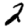
Digit: 2